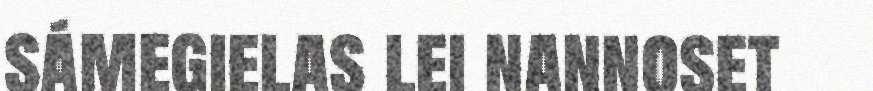
sámegielas lei nannoset